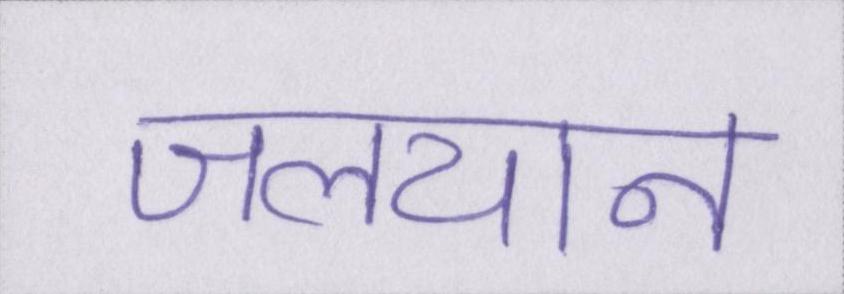
जलयान